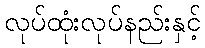
လုပ်ထုံးလုပ်နည်းနှင့်